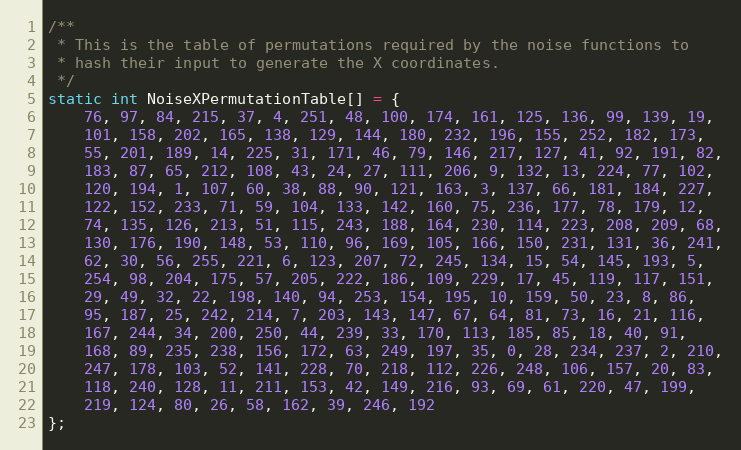
Language: C++
/**
 * This is the table of permutations required by the noise functions to
 * hash their input to generate the X coordinates.
 */
static int NoiseXPermutationTable[] = {
    76, 97, 84, 215, 37, 4, 251, 48, 100, 174, 161, 125, 136, 99, 139, 19,
    101, 158, 202, 165, 138, 129, 144, 180, 232, 196, 155, 252, 182, 173,
    55, 201, 189, 14, 225, 31, 171, 46, 79, 146, 217, 127, 41, 92, 191, 82,
    183, 87, 65, 212, 108, 43, 24, 27, 111, 206, 9, 132, 13, 224, 77, 102,
    120, 194, 1, 107, 60, 38, 88, 90, 121, 163, 3, 137, 66, 181, 184, 227,
    122, 152, 233, 71, 59, 104, 133, 142, 160, 75, 236, 177, 78, 179, 12,
    74, 135, 126, 213, 51, 115, 243, 188, 164, 230, 114, 223, 208, 209, 68,
    130, 176, 190, 148, 53, 110, 96, 169, 105, 166, 150, 231, 131, 36, 241,
    62, 30, 56, 255, 221, 6, 123, 207, 72, 245, 134, 15, 54, 145, 193, 5,
    254, 98, 204, 175, 57, 205, 222, 186, 109, 229, 17, 45, 119, 117, 151,
    29, 49, 32, 22, 198, 140, 94, 253, 154, 195, 10, 159, 50, 23, 8, 86,
    95, 187, 25, 242, 214, 7, 203, 143, 147, 67, 64, 81, 73, 16, 21, 116,
    167, 244, 34, 200, 250, 44, 239, 33, 170, 113, 185, 85, 18, 40, 91,
    168, 89, 235, 238, 156, 172, 63, 249, 197, 35, 0, 28, 234, 237, 2, 210,
    247, 178, 103, 52, 141, 228, 70, 218, 112, 226, 248, 106, 157, 20, 83,
    118, 240, 128, 11, 211, 153, 42, 149, 216, 93, 69, 61, 220, 47, 199,
    219, 124, 80, 26, 58, 162, 39, 246, 192
};